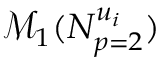
\mathscr { M } _ { 1 } ( N _ { p = 2 } ^ { u _ { i } } )